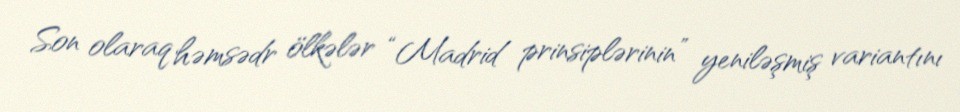
Son olaraq həmsədr ölkələr “Madrid prinsiplərinin” yeniləşmiş variantını